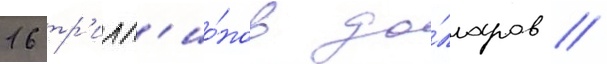
16 тр'илл'ио́нов до́лларов /